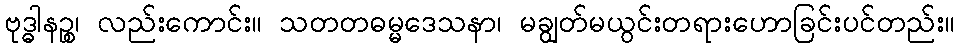
ဗုဒ္ဓါနဉ္စ၊ လည်းကောင်း။ သတတဓမ္မဒေသနာ၊ မချွတ်မယွင်းတရားဟောခြင်းပင်တည်း။